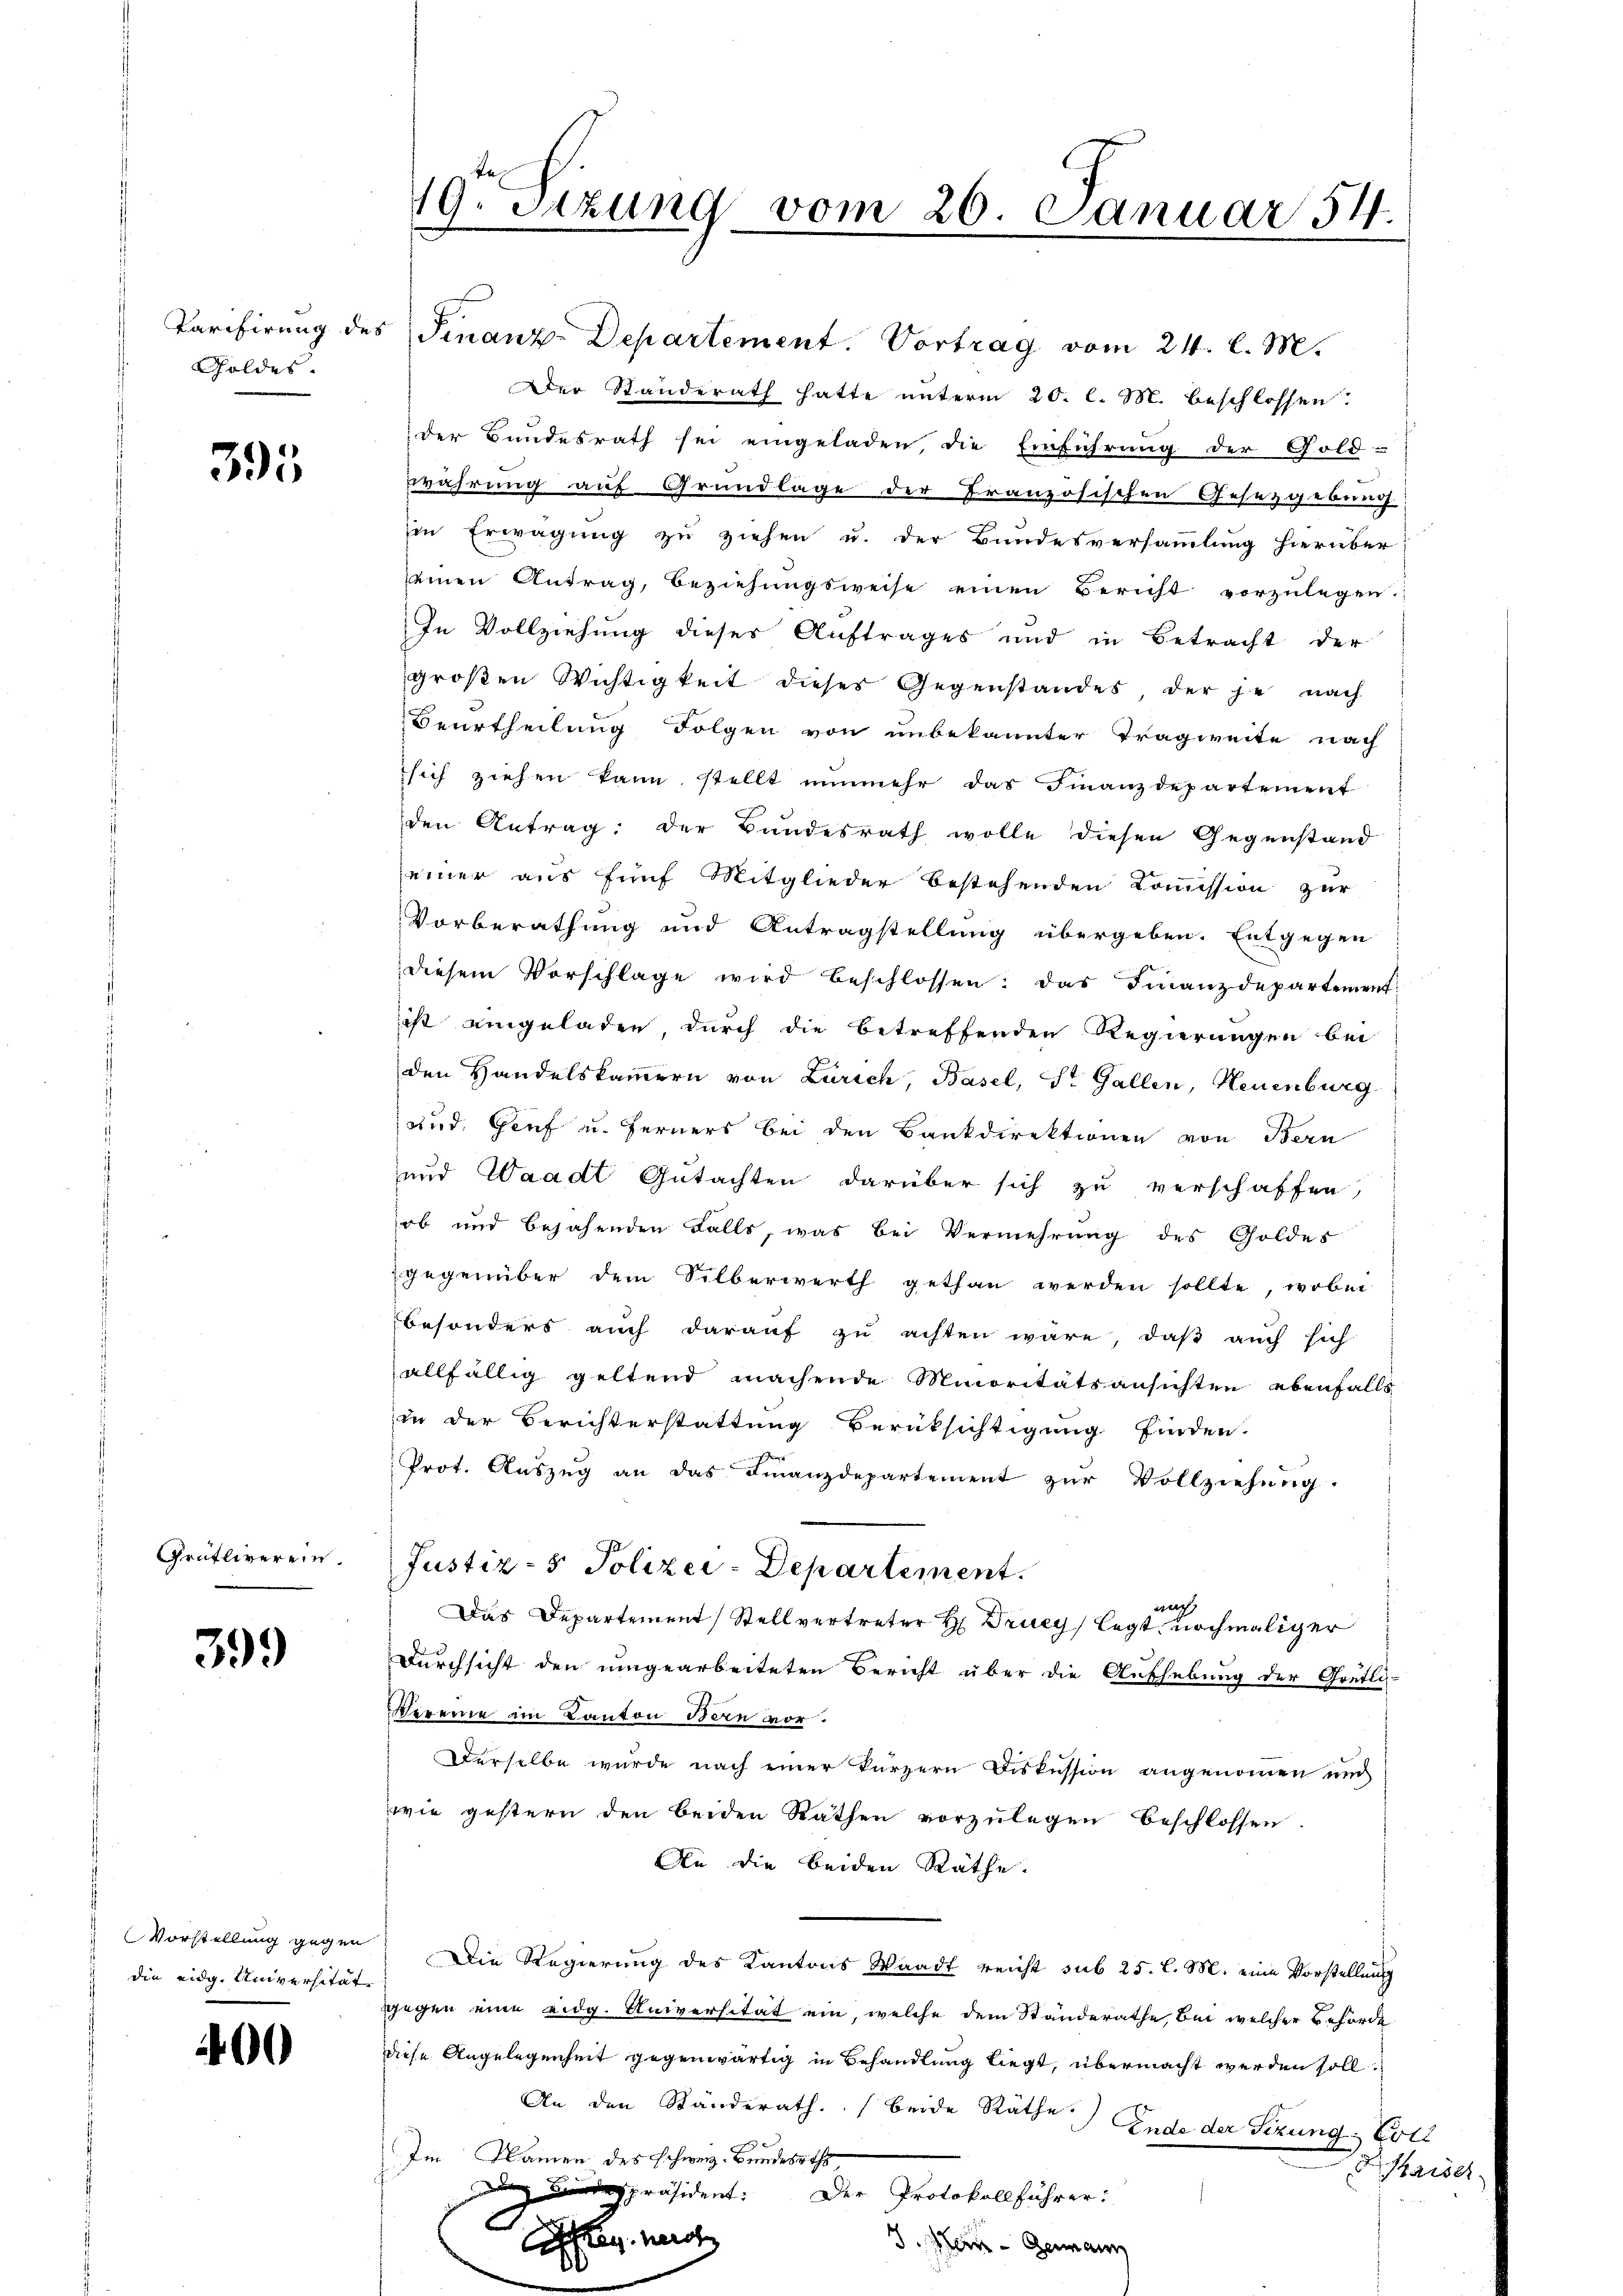
Goldes.

395

Grütliverein.

399

die eidg. Universität

400

19. Sizung vom 26. Januar 54.

Tarifirung des Finanz-Departement. Vortrag vom 24. l. M.
Der Standerath hatte unterm 20. l. M. beschlossen:
der Bundesrath sei eingeladen, die Einführung der Gold-
währung auf Grundlage der Französischen Gesetzgebung
in Erwägung zu ziehen u. der Bundesversammlung hierüber
einen Antrag, Beziehŭngsweise einen Bericht vorzŭlegen.
In Vollziehung dieses Auftrages und in Betracht der
großen Wichtigkeit dieses Gegenstandes, der je nach
Beurtheilung Folgen von unbekannter Tragweite nach
sich ziehen kann, stellt nŭnmehr das Finanzdepartement
den Antrag: der Bundesrath wolle diesen Gegenstand
seiner aus fünf Mitglieder bestehenden Kommission zur
Vorberathung und Antragstellung übergeben. Entgegen
diesem Vorschlage wird beschlossen: das Finanzdepartement
ist eingeladen, durch die betreffenden Regierungen bei
den Handelskammern von Zürich, Basel, St. Gallen, Neuenburg
und, Genf u. ferners bei den Bankdirektionen von Bern
und Waadt Gutachten darüber sich zu verschaffen,
ob und bejahenden Falls, was bei Vermehrung des Goldes
gegenüber dem Silberwerth gethan werden sollte, wobei
besonders auch darauf zu achten wäre, daß auch sich
allfällig geltend machende Minoritätsansichten ebenfalls
in der Berichterstattung Berüksichtigung finden.
Prot. Auszug an das Finanzdepartement zur Vollziehung.
Justiz- & Polizei-Departement.
auch
Das Departement Stellvertreter H Druey legt nochmaliger
Durchsicht den umgearbeiteten Bericht über die Aufhebung der Gretli-
Vereine im Kanton Bern vor.
Derselbe wurde nach einer kürzern Diskussion angenommen nich
wie gestern den beiden Räthen vorzŭlegen beschlossen.
An die beiden Räthe.
Vorstellung gegen Die Regierung des Kantons Waadt reicht sub 25. l. M. eine Vorstellung
ggegen eine eidg. Universität ein, welche dem Standerathe, bei welcher Behörde
diese Angelegenheit gegenwärtig in Behandlung liegt, übermacht werden soll.
An den Ständerath beide Räthe Ende der Sizung, Gott
Im Namen des schweiz. Bundesraths,
aide
dspräsident. Der Protokollführer:
A
steg nach
J. Mein Germann
0